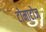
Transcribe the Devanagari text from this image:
टोमाटोज